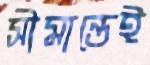
সীমান্তেই